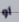
أو